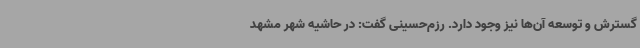
گسترش و توسعه آن‌ها نیز وجود دارد. رزم‌حسینی گفت: در حاشیه شهر مشهد